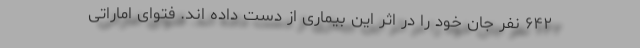
۶۴۲ نفر جان خود را در اثر این بیماری از دست داده اند. فتوای اماراتی